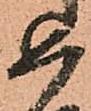
め